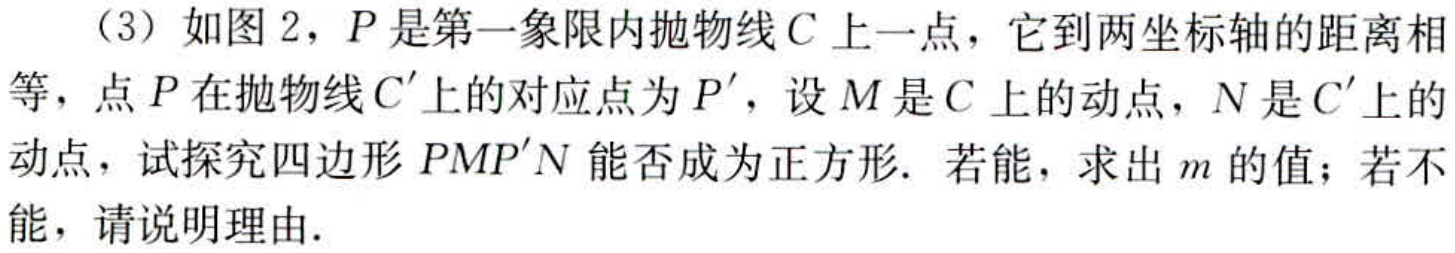
（3）如图 2，$P$是第一象限内抛物线$C$上一点，它到两坐标轴的距离相等，点$P$在抛物线$C'$上的对应点为$P'$，设$M$是$C$上的动点，$N$是$C'$上的动点，试探究四边形$PMP'N$能否成为正方形. 若能，求出$m$的值；若不能，请说明理由.